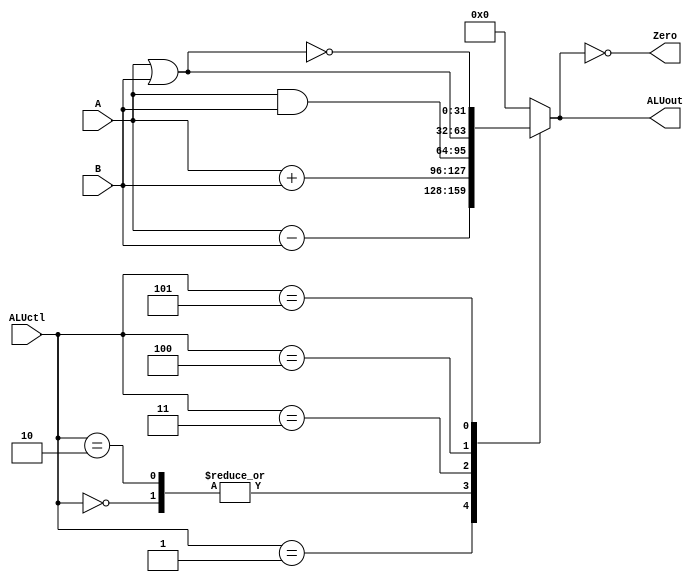
//ALUctlAB0,zero
module ALU (ALUctl,A,B,ALUout,Zero);

input [2:0] ALUctl;
input [31:0] A,B;
output reg [31:0] ALUout;
output Zero;

assign Zero=(ALUout==0);

always @(ALUctl,A,B)
begin
	case(ALUctl)// ALU
		3'b000:ALUout<=A+B;	//add
		3'b001:ALUout<=A-B;	//sub
		3'b010:ALUout<=A+B;	//addu
		3'b011:ALUout<=A&B;	//and
		3'b100:ALUout<=A|B;	//or
		3'b101:ALUout<=~(A|B);	//nor
		default:ALUout<=0;
	endcase
end

endmodule